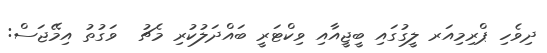
ދިވެހި ޕްރިމިއަރ ލީގުގައި ބީޖީއާއި ވިކްޓަރީ ބައްދަލުކުރި މެޗު  ވަގުތު އިމޭޖަސް: